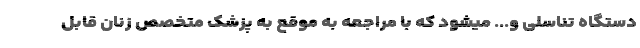
دستگاه تناسلی و... میشود که با مراجعه به موقع به پزشک متخصص زنان قابل